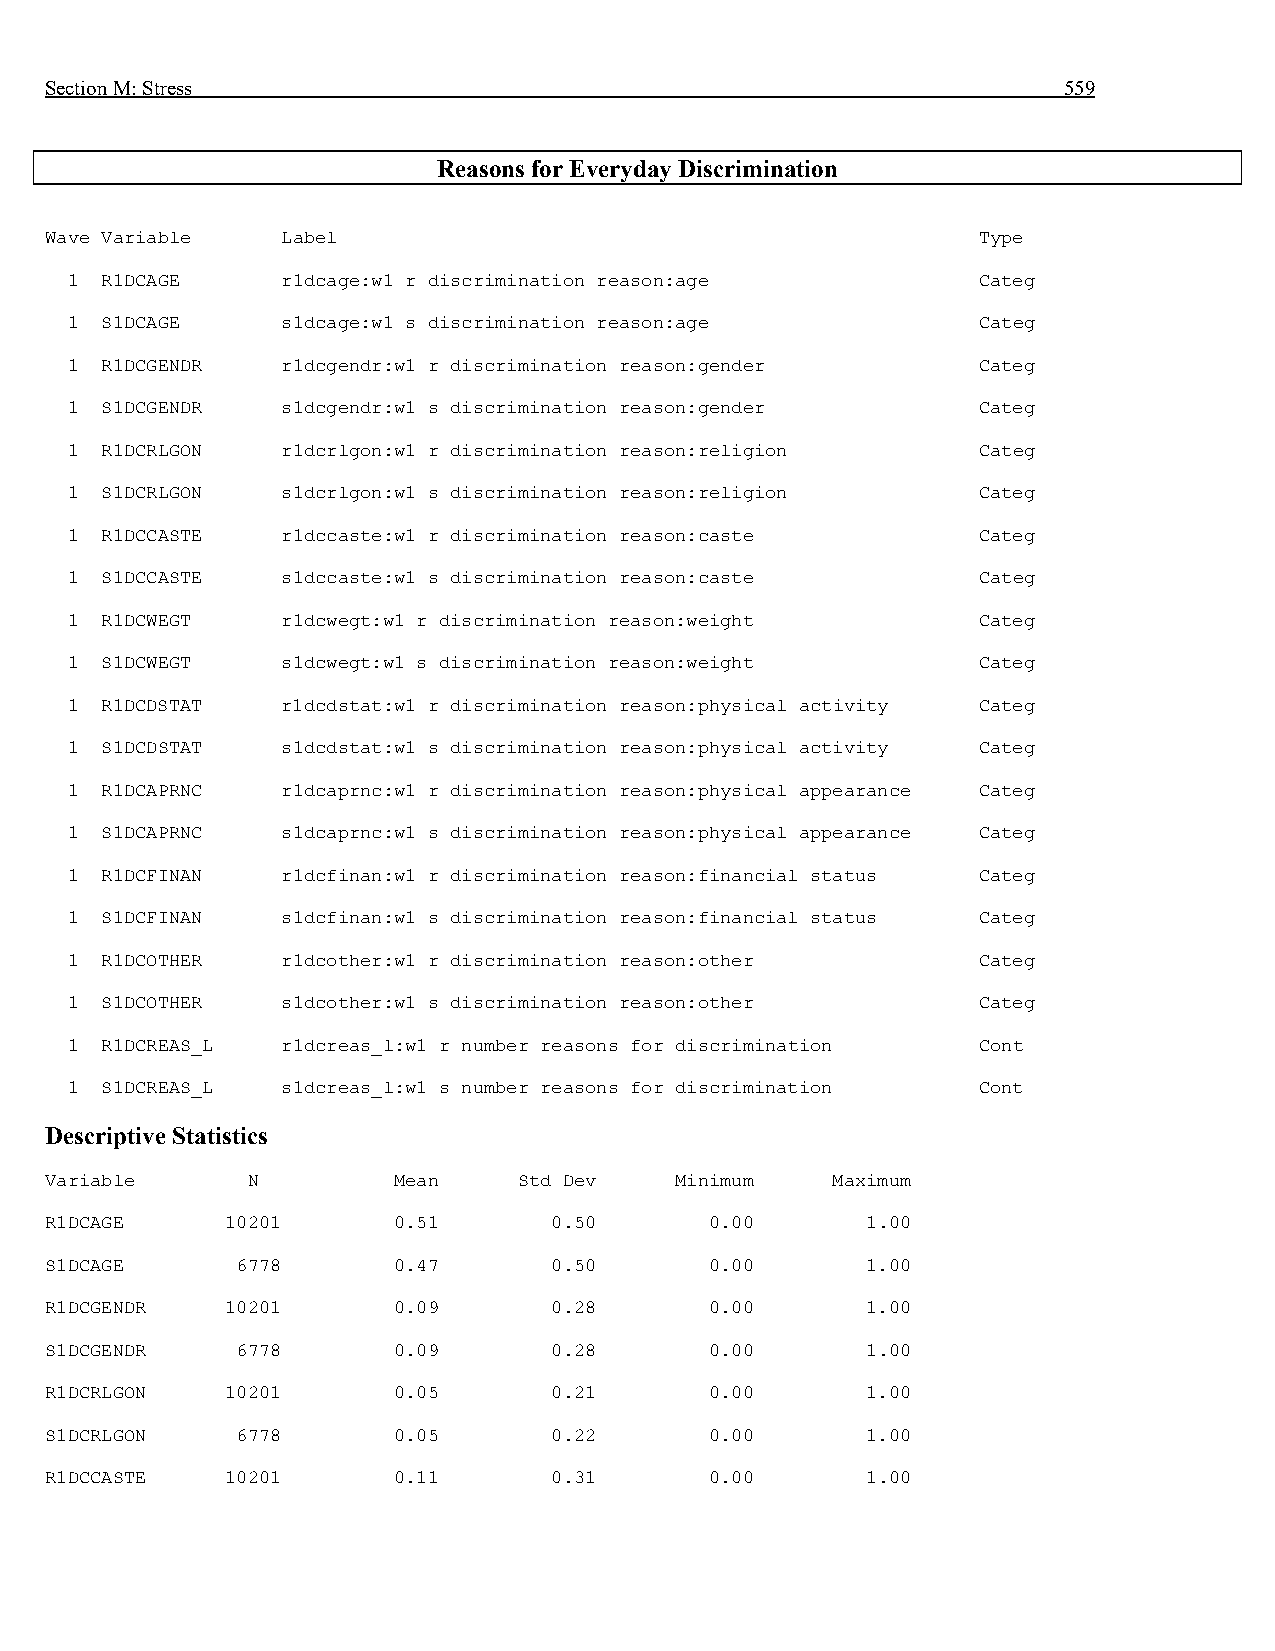
Section M: Stress                                                  559
 Reasons for Everyday Discrimination
 Wave Variable   Label                                         Type
 1  R1DCAGE     r1dcage:w1 r discrimination reason:age        Categ
 1  S1DCAGE     s1dcage:w1 s discrimination reason:age        Categ
 1  R1DCGENDR   r1dcgendr:w1 r discrimination reason:gender   Categ
 1  S1DCGENDR   s1dcgendr:w1 s discrimination reason:gender   Categ
 1  R1DCRLGON   r1dcrlgon:w1 r discrimination reason:religion Categ
 1  S1DCRLGON   s1dcrlgon:w1 s discrimination reason:religion Categ
 1  R1DCCASTE   r1dccaste:w1 r discrimination reason:caste    Categ
 1  S1DCCASTE   s1dccaste:w1 s discrimination reason:caste    Categ
 1  R1DCWEGT    r1dcwegt:w1 r discrimination reason:weight    Categ
 1  S1DCWEGT    s1dcwegt:w1 s discrimination reason:weight    Categ
 1  R1DCDSTAT   r1dcdstat:w1 r discrimination reason:physical activity Categ
 1  S1DCDSTAT   s1dcdstat:w1 s discrimination reason:physical activity Categ
 1  R1DCAPRNC   r1dcaprnc:w1 r discrimination reason:physical appearance Categ
 1  S1DCAPRNC   s1dcaprnc:w1 s discrimination reason:physical appearance Categ
 1  R1DCFINAN   r1dcfinan:w1 r discrimination reason:financial status Categ
 1  S1DCFINAN   s1dcfinan:w1 s discrimination reason:financial status Categ
 1  R1DCOTHER   r1dcother:w1 r discrimination reason:other    Categ
 1  S1DCOTHER   s1dcother:w1 s discrimination reason:other    Categ
 1  R1DCREAS_L  r1dcreas_l:w1 r number reasons for discrimination Cont
 1  S1DCREAS_L  s1dcreas_l:w1 s number reasons for discrimination Cont
 Descriptive Statistics
 Variable     N         Mean    Std Dev    Minimum   Maximum
 R1DCAGE     10201      0.51      0.50       0.00      1.00
 S1DCAGE      6778      0.47      0.50       0.00      1.00
 R1DCGENDR   10201      0.09      0.28       0.00      1.00
 S1DCGENDR    6778      0.09      0.28       0.00      1.00
 R1DCRLGON   10201      0.05      0.21       0.00      1.00
 S1DCRLGON    6778      0.05      0.22       0.00      1.00
 R1DCCASTE   10201      0.11      0.31       0.00      1.00